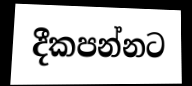
දීකපන්නට